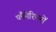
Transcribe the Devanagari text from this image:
प्लैनेरियनों